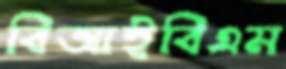
বিআইবিএম